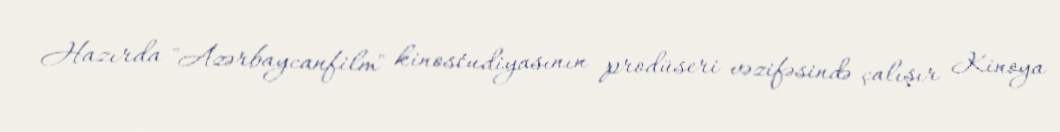
Hazırda "Azərbaycanfilm" kinostudiyasının prodüseri vəzifəsində çalışır Kinoya